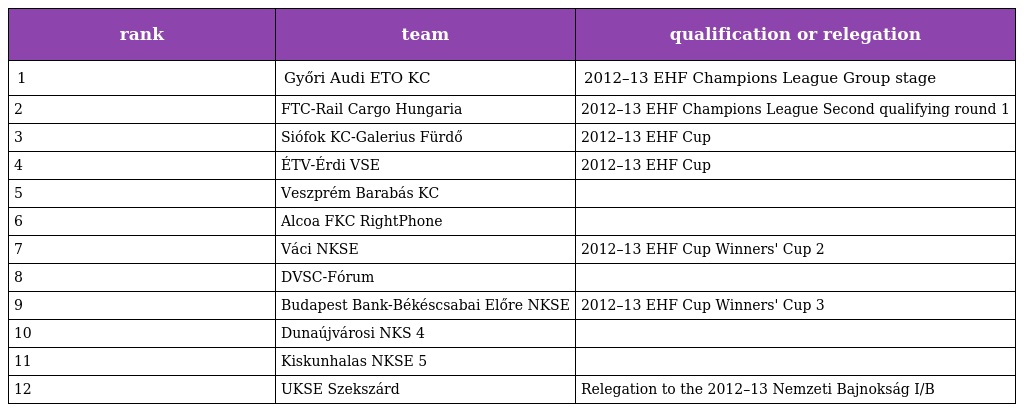
| rank | team | qualification or relegation |
 | --- | --- | --- |
 | 1 | Győri Audi ETO KC | 2012–13 EHF Champions League Group stage |
 | 2 | FTC-Rail Cargo Hungaria | 2012–13 EHF Champions League Second qualifying round 1 |
 | 3 | Siófok KC-Galerius Fürdő | 2012–13 EHF Cup |
 | 4 | ÉTV-Érdi VSE | 2012–13 EHF Cup |
 | 5 | Veszprém Barabás KC |  |
 | 6 | Alcoa FKC RightPhone |  |
 | 7 | Váci NKSE | 2012–13 EHF Cup Winners' Cup 2 |
 | 8 | DVSC-Fórum |  |
 | 9 | Budapest Bank-Békéscsabai Előre NKSE | 2012–13 EHF Cup Winners' Cup 3 |
 | 10 | Dunaújvárosi NKS 4 |  |
 | 11 | Kiskunhalas NKSE 5 |  |
 | 12 | UKSE Szekszárd | Relegation to the 2012–13 Nemzeti Bajnokság I/B |